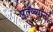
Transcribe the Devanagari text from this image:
पुतळ्यांना